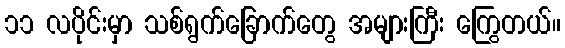
၁၁ လပိုင်းမှာ သစ်ရွက်ခြောက်တွေ အများကြီး ကြွေတယ်။